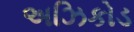
અઝિકોડ